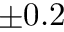
\pm 0 . 2